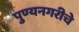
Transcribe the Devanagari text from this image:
पुण्यनगरीचे